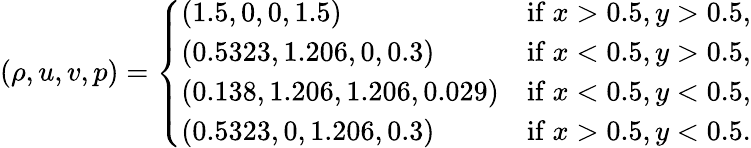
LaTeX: (\rho,u,v,p)=\left\{ \begin{array}{ll}{(1.5,0,0,1.5)}&{\mathrm{if~}x>0.5,y>0.5,}\\ {(0.5323,1.206,0,0.3)}&{\mathrm{if~}x<0.5,y>0.5,}\\ {(0.138,1.206,1.206,0.029)}&{\mathrm{if~}x<0.5,y<0.5,}\\ {(0.5323,0,1.206,0.3)}&{\mathrm{if~}x>0.5,y<0.5.}\end{array}\right.